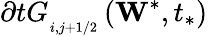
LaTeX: \partial tG_{_{i,j+1/2}}^{{}}\left({{\mathbf{W}}^{*}},{{t}_{*}}\right)